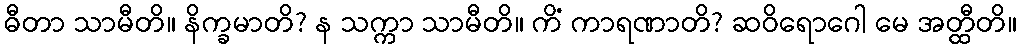
ဓီတာ သာမီတိ။ နိက္ခမာတိ? န သက္ကာ သာမီတိ။ ကိံ ကာရဏာတိ? ဆဝိရောဂေါ မေ အတ္ထီတိ။